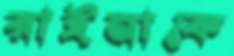
রাইনাকে